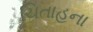
ચિતાહના